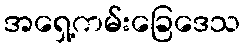
အရှေ့ကမ်းခြေဒေသ